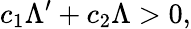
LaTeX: c_{1}\Lambda^{\prime}+c_{2}\Lambda>0,